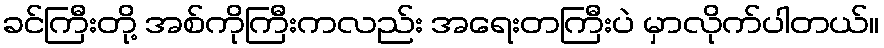
ခင်ကြီးတို့ အစ်ကိုကြီးကလည်း အရေးတကြီးပဲ မှာလိုက်ပါတယ်။